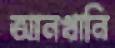
আনখানি